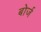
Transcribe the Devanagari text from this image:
बोर्ज